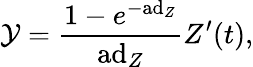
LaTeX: \mathcal{Y}={\frac{{1-e^{-\mathrm{{ad}}_{Z}}}}{{\mathrm{{ad}}_{Z}}}}Z^{\prime}(t),